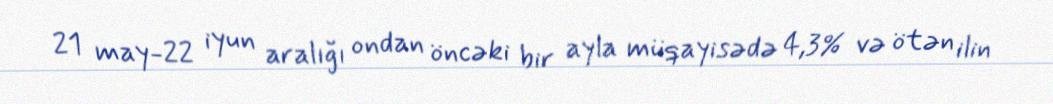
21 may-22 iyun aralığı ondan öncəki bir ayla müqayisədə 4,3% və ötən ilin